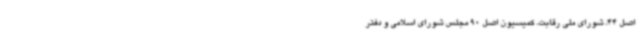
اصل 44، شورای ملی رقابت، کمیسیون اصل 90 مجلس شورای اسلامی و دفتر